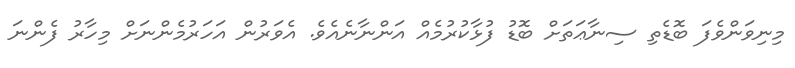
މިނިވަންވެފަ ބޮޑެތި ސިނާޢަތަށް ބޮޑު ފުޅާކުރުުމެއް އަންނާނެއެވެ. އެވަރުން އަހަރުމެންނަށް މިހާރު ފެންނަ